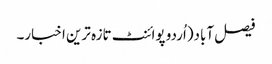
فیصل آباد(اُردو پوائنٹ تازہ ترین اخبار۔